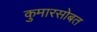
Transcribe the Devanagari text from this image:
कुमारसोबत